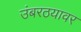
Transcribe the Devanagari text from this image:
उंबरठयावर